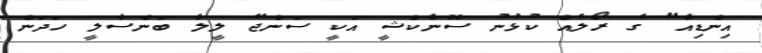
އިންޑިއާ" ގެ ރޯލެއް ކުޅުނު ސޮނާކްޝީ އަކީ ސަންޖޭ ލީލާ ބަންސާލީ ހަދަން